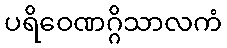
ပရိဝေဏဂ္ဂိသာလကံ